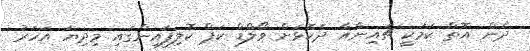
ދެން އޮތް ކަމަކީ ޗައިނާއާ ދެކޮޅަށް ވޯލްޑް ކަޕް ކޮލިފައިންގައި މިދިޔަ އަހަރު